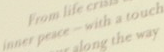
inner peace - with a touch